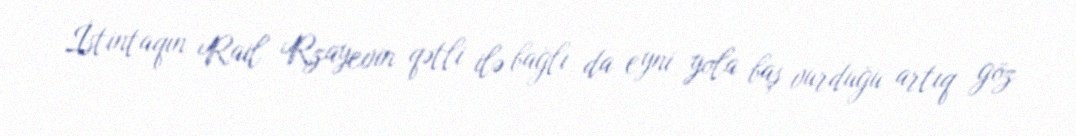
İstintaqın Rail Rzayevin qətli ilə bağlı da eyni yola baş vurduğu artıq göz